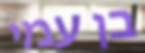
בן עמי